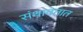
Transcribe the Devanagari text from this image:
संथावतात